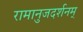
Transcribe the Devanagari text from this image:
रामानुजदर्शनम्